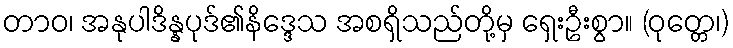
တာဝ၊ အနုပါဒိန္နပုဒ်၏နိဒ္ဒေသ အစရှိသည်တို့မှ ရှေးဦးစွာ။ (ဝုတ္တေ၊)